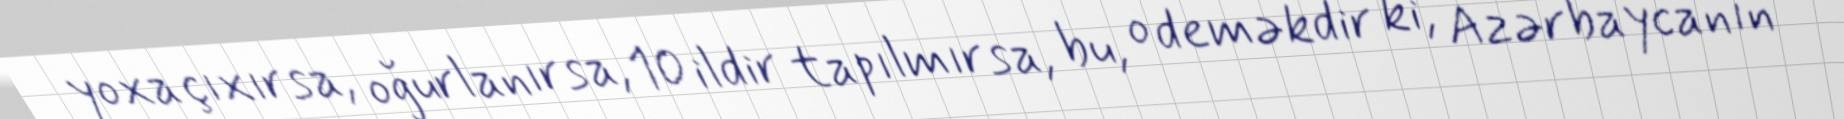
yoxa çıxırsa, oğurlanırsa, 10 ildir tapılmırsa, bu, o deməkdir ki, Azərbaycanın